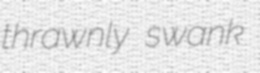
thrawnly swank